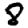
Digit: 8